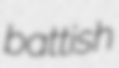
battish